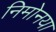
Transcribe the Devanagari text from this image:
निमोनया